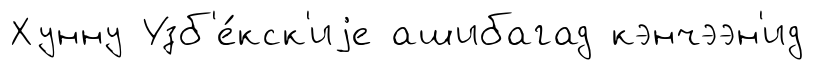
Хунну Узб'е́кск'иjе ашибагад кэнчээн'ид